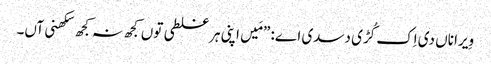
‏ وِیرا ناں دی اِک کُڑی دسدی اے:‏ ”‏مَیں اپنی ہر غلطی توں کجھ نہ کجھ سکھنی آں۔